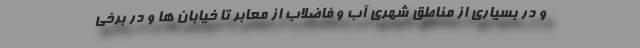
و در بسیاری از مناطق شهری آب و فاضلاب از معابر تا خیابان ها و در برخی